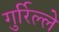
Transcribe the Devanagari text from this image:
गुर्रिल्ले